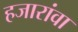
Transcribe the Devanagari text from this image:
हजारांवा